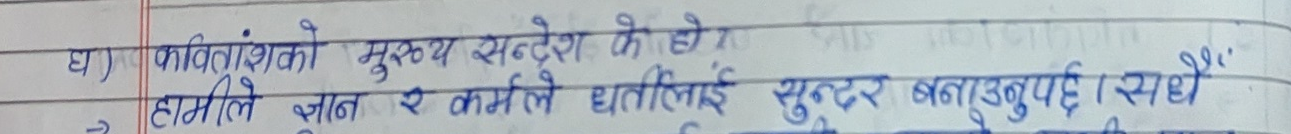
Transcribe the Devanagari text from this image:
घ) कवितांशको मुख्य सन्देश के हो ?
→ हामीले ज्ञान र कर्मले धर्तीलाई सुन्दर बनाउनुपर्छ । सधैँ